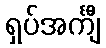
ရှပ်အင်္ကျီ